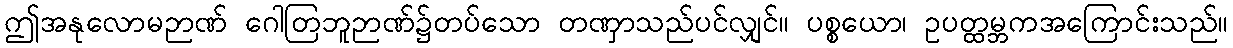
ဤအနုလောမဉာဏ် ဂေါတြဘူဉာဏ်၌တပ်သော တဏှာသည်ပင်လျှင်။ ပစ္စယော၊ ဥပတ္ထမ္ဘကအကြောင်းသည်။